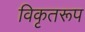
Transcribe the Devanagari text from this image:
विकृतरूप